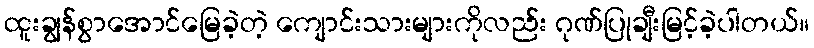
ထူးချွန်စွာအောင်မြေခဲ့တဲ့ ကျောင်းသားများကိုလည်း ဂုဏ်ပြုချီးမြင့်ခဲ့ပါတယ်။